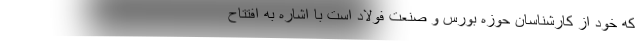
که خود از کارشناسان حوزه بورس و صنعت فولاد است با اشاره به افتتاح